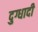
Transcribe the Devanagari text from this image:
दुग्धादी